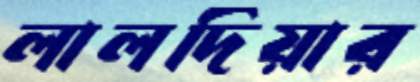
লালদিয়ার